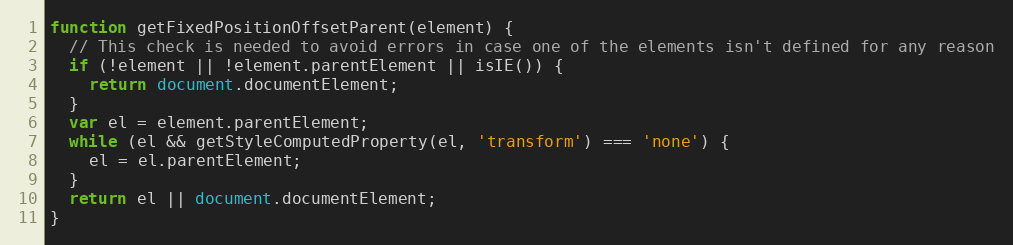
Language: JavaScript
function getFixedPositionOffsetParent(element) {
  // This check is needed to avoid errors in case one of the elements isn't defined for any reason
  if (!element || !element.parentElement || isIE()) {
    return document.documentElement;
  }
  var el = element.parentElement;
  while (el && getStyleComputedProperty(el, 'transform') === 'none') {
    el = el.parentElement;
  }
  return el || document.documentElement;
}